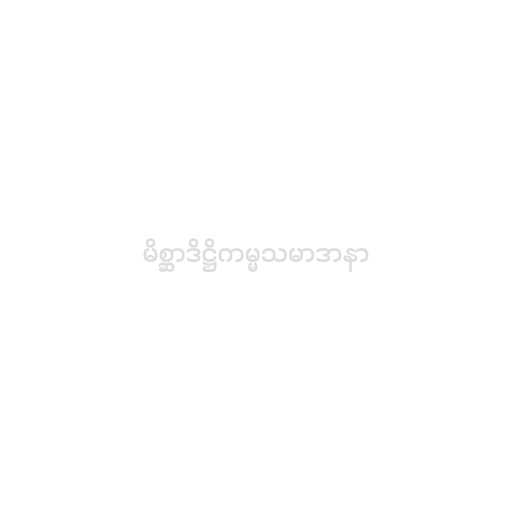
မိစ္ဆာဒိဋ္ဌိကမ္မသမာဒာနာ